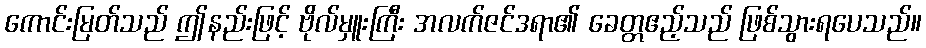
ကောင်းမြတ်သည် ဤနည်းဖြင့် ဗိုလ်မှူးကြီး အလက်ဇင်ဒရာ၏ ခေတ္တဧည့်သည် ဖြစ်သွားရပေသည်။